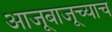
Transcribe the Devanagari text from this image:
आजूबाजूच्याच